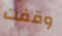
وقفت